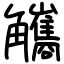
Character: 觿